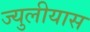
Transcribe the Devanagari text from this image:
ज्युलीयास